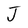
Character: J